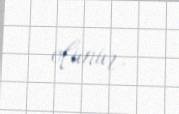
olunur.